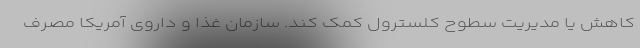
کاهش یا مدیریت سطوح کلسترول کمک کند. سازمان غذا و داروی آمریکا مصرف